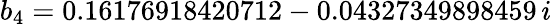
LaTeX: b_{4}=0.16176918420712-0.04327349898459\, i